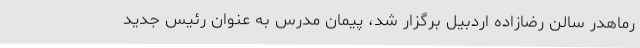
رماهدر سالن رضازاده اردبیل برگزار شد، پیمان مدرس به عنوان رئیس جدید